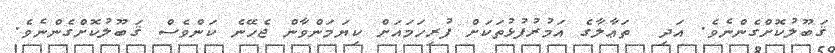
ޤަބޫލުކޮށްގެންނެވެ. އަދި  ތަޢާލާގެ އަމުރުފުޅުތަކަށް ފުރިހަމައަށް ކިޔަމަންވާން ޖެހޭނެ ކަންވެސް ޤަބޫލުކޮށްގެންނެވެ.